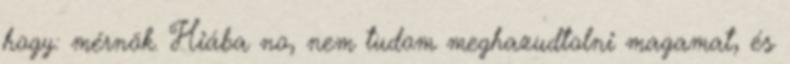
hogy: mérnök. Hiába no, nem tudom meghazudtolni magamat, és